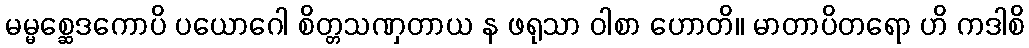
မမ္မစ္ဆေဒကောပိ ပယောဂေါ စိတ္တသဏှတာယ န ဖရုသာ ဝါစာ ဟောတိ။ မာတာပိတရော ဟိ ကဒါစိ